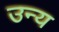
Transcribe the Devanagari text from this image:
उन्य